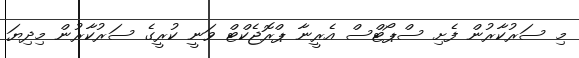
މި ސަރުކާރުން ފެށި ސްޕޯޓްސް އެރީނާ ޕްރޮޖެކްޓް ވަނީ ކުރީގެ ސަރުކާރުން މިދިޔަ